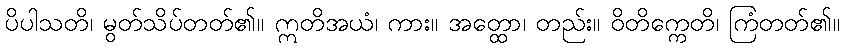
ပိပါသတိ၊ မွတ်သိပ်တတ်၏။ ဣတိအယံ၊ ကား။ အတ္ထော၊ တည်း။ ဝိတိက္ကေတိ၊ ကြံတတ်၏။